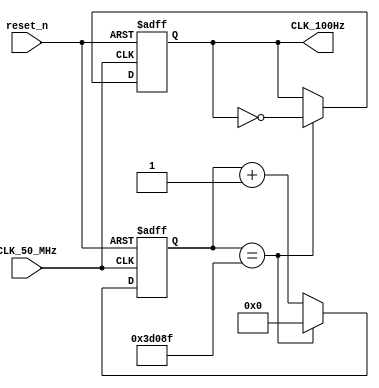
/*
	ClockDivider50MHzTo100Hz
	-----------------
	By Longzhen Yuan
	Date: 10th April 2023
	
	Module Description:
	-----------------------
	Used to convert the 50MHz input signal to a 100Hz signal
	parameter MAX = 18'd249999
	input:
		CLK_50_MHz: the 50MHz input signal
		reset_n: the reset switch
	output:
		CLK_100Hz: output a 100Hz clock signal which can be used in othe modules.
*/
module ClockDivider50MHzTo100Hz (
	input CLK_50_MHz,
	input reset_n,
	output reg CLK_100Hz
);

reg [17:0] cnt;

//parameter MAX = 18'd2; //use this number when doing the simulation
parameter MAX = 18'd249999;

always@(posedge CLK_50_MHz or negedge reset_n)begin

	if(!reset_n)begin
		cnt <= 18'b0;
		CLK_100Hz <= 1'b0;
	end
	
	else if(cnt == MAX)begin //if the counter counts to maximum value, flip over the 100Hz signal
		cnt <= 18'b0;
		CLK_100Hz = ~CLK_100Hz;
	end
	
	else begin
		cnt = cnt + 1'b1;
	end
	
end

endmodule